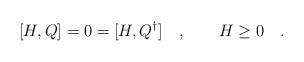
LaTeX: \begin{align*}[H,Q]=0=[H,Q^{\dagger}]\quad ,\qquad H\geq 0\quad .\end{align*}